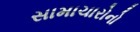
સામાચારોનો